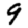
Digit: 9